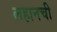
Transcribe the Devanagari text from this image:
लहानची